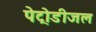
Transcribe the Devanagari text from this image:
पेट्रोडीजल